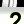
Digit: 2